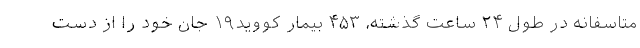
متاسفانه در طول ۲۴ ساعت گذشته، ۴۵۳ بیمار کووید۱۹ جان خود را از دست